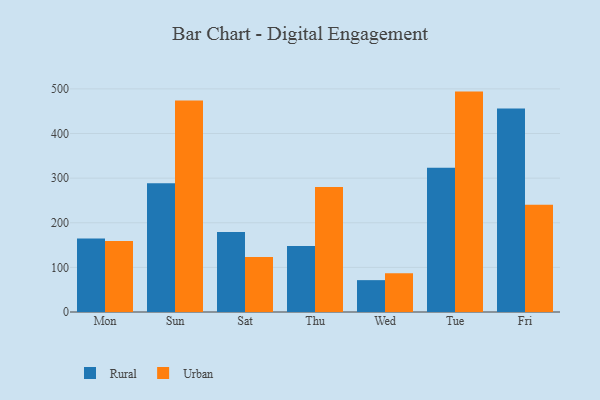
{"axis": {"x": "Day", "y": "Population (Million)"}, "legend": ["Rural", "Urban"], "data": [{"x": "Mon", "y": 164.5, "type": "Rural"}, {"x": "Mon", "y": 158.9, "type": "Urban"}, {"x": "Sun", "y": 288.5, "type": "Rural"}, {"x": "Sun", "y": 474.2, "type": "Urban"}, {"x": "Sat", "y": 179.0, "type": "Rural"}, {"x": "Sat", "y": 123.4, "type": "Urban"}, {"x": "Thu", "y": 147.8, "type": "Rural"}, {"x": "Thu", "y": 279.9, "type": "Urban"}, {"x": "Wed", "y": 71.4, "type": "Rural"}, {"x": "Wed", "y": 87.1, "type": "Urban"}, {"x": "Tue", "y": 323.0, "type": "Rural"}, {"x": "Tue", "y": 493.9, "type": "Urban"}, {"x": "Fri", "y": 455.8, "type": "Rural"}, {"x": "Fri", "y": 240.2, "type": "Urban"}]}